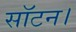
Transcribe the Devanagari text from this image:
सॉटन।